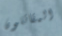
المقاتلون